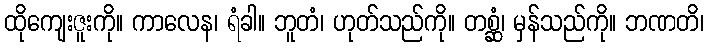
ထိုကျေးဇူးကို။ ကာလေန၊ ရံခါ။ ဘူတံ၊ ဟုတ်သည်ကို။ တစ္ဆံ၊ မှန်သည်ကို။ ဘဏတိ၊